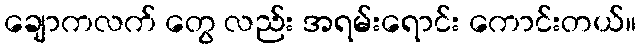
ချောကလက် တွေ လည်း အရမ်းရောင်း ကောင်းတယ်။